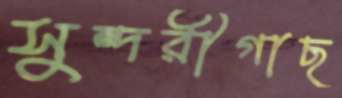
সুন্দরীগাছ